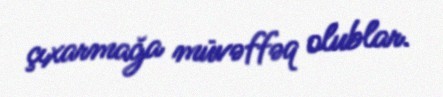
çıxarmağa müvəffəq olublar.